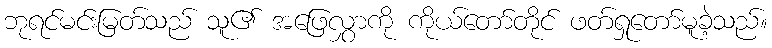
ဘုရင်မင်းမြတ်သည် သူ၏ အဖြေလွှာကို ကိုယ်တော်တိုင် ဖတ်ရှုတော်မူခဲ့သည်။